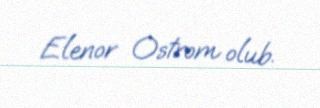
Elenor Ostrom olub.